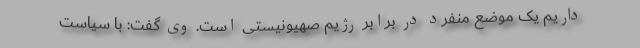
داریم یک موضع منفرد در برابر رژیم صهیونیستی است. وی گفت: با سیاست